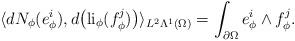
LaTeX: \begin{align*} \begin{aligned} \langle dN_{\phi}(e_{\phi}^{i}),d\big(\mathrm{li}_{\phi}(f_{\phi}^{j})\big)\rangle_{L^{2}\Lambda^{1}(\Omega)}=\int_{\partial\Omega}e_{\phi}^{i}\wedge f_{\phi}^{j}. \end{aligned} \end{align*}